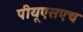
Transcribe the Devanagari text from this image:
पीयूएसएच